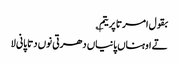
بقول امرتا پریتم ؎
تے اوہناں پانیاں دھرتی نوں دتا پانی لا